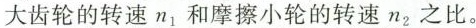
大齿轮的转速n_{1}和摩擦小轮的转速n_{2}之比。